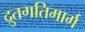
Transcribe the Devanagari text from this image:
द्रुतगतिमार्ग